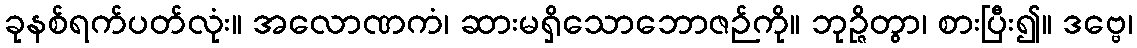
ခုနစ်ရက်ပတ်လုံး။ အလောဏကံ၊ ဆားမရှိသောဘောဇဉ်ကို။ ဘုဉ္ဇိတွာ၊ စားပြီး၍။ ဒဗ္ဗေ၊